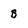
Character: b